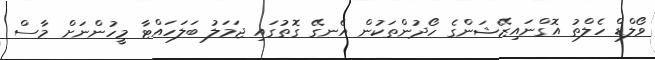
ވޯލްޑް ހެލްތު އޮގްނައިޒޭޝަންގެ ހޯދުންތަކުން އެެނގޭ ގޮތުގައި ޖަމަލު ބަލަހައްޓާ މީހުންނަށް މާސް